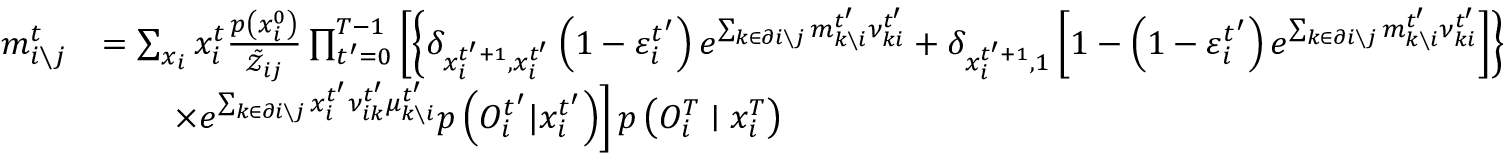
\begin{array} { r l } { m _ { i \setminus j } ^ { t } } & { = \sum _ { \boldsymbol { x } _ { i } } x _ { i } ^ { t } \frac { p \left( x _ { i } ^ { 0 } \right) } { \tilde { \mathcal { Z } } _ { i j } } \prod _ { t ^ { \prime } = 0 } ^ { T - 1 } \left[ \left\{ \delta _ { x _ { i } ^ { t ^ { \prime } + 1 } , x _ { i } ^ { t ^ { \prime } } } \left( 1 - \varepsilon _ { i } ^ { t ^ { \prime } } \right) e ^ { \sum _ { k \in \partial i \setminus j } m _ { k \setminus i } ^ { t ^ { \prime } } \nu _ { k i } ^ { t ^ { \prime } } } + \delta _ { x _ { i } ^ { t ^ { \prime } + 1 } , 1 } \left[ 1 - \left( 1 - \varepsilon _ { i } ^ { t ^ { \prime } } \right) e ^ { \sum _ { k \in \partial i \setminus j } m _ { k \setminus i } ^ { t ^ { \prime } } \nu _ { k i } ^ { t ^ { \prime } } } \right] \right\} \right. } \\ & { \qquad \left. \times e ^ { \sum _ { k \in \partial i \setminus j } x _ { i } ^ { t ^ { \prime } } \nu _ { i k } ^ { t ^ { \prime } } \mu _ { k \setminus i } ^ { t ^ { \prime } } } p \left( { O } _ { i } ^ { t ^ { \prime } } | x _ { i } ^ { t ^ { \prime } } \right) \right] p \left( { O } _ { i } ^ { T } \mid x _ { i } ^ { T } \right) } \end{array}